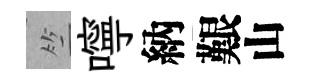
竺嚀納艱山